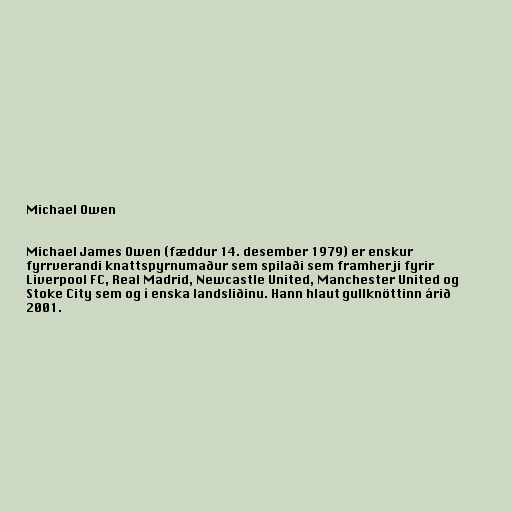
Michael Owen

Michael James Owen (fæddur 14. desember 1979) er enskur
fyrrverandi knattspyrnumaður sem spilaði sem framherji fyrir
Liverpool FC, Real Madrid, Newcastle United, Manchester United og
Stoke City sem og í enska landsliðinu. Hann hlaut gullknöttinn árið
2001.